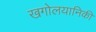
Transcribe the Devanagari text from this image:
खगोलयानिकी